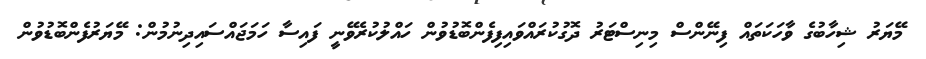
މޭޔަރު ޝިހާބުގެ ވާހަކަތައް ފިނޭންސް މިނިސްޓަރު ދޮގުކުރައްވައިފިފެންބޮޑުވުން ހައްލުކުރެވޭނީ ފައިސާ ހަމަޖައްސައިދިނުމުން: މޭޔަރުފެންބޮޑުވުން